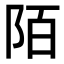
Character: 陌